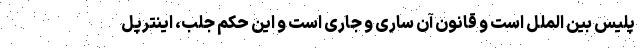
پلیس بین الملل است و قانون آن ساری و جاری است و این حکم جلب، اینترپل